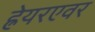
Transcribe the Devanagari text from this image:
ह्रेयरएवर